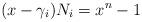
LaTeX: \begin{align*}(x-\gamma_i)N_i=x^n-1\end{align*}